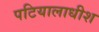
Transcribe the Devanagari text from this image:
पटियालाधीश